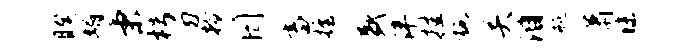
睽媚秉枵勿拎罔畜握盛泮挂施关泪瓶萧秣